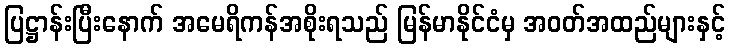
ပြဋ္ဌာန်းပြီးနောက် အမေရိကန်အစိုးရသည် မြန်မာနိုင်ငံမှ အဝတ်အထည်များနှင့်